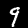
Digit: 9